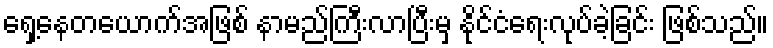
ရှေ့နေတယောက်အဖြစ် နာမည်ကြီးလာပြီးမှ နိုင်ငံရေးလုပ်ခဲ့ခြင်း ဖြစ်သည်။